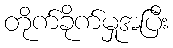
တိုက်ခိုက်မှုအပြီး